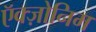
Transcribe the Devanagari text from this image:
ऍक्ज़ोनिम